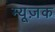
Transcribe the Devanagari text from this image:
म्यूज़क